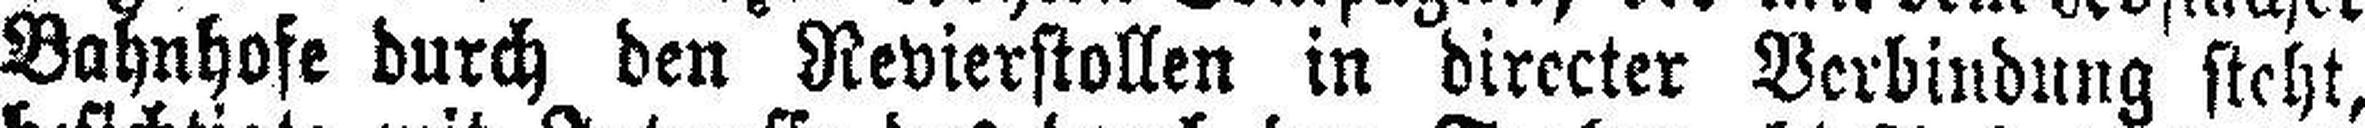
Bahnhofe durch den Revierstollen in directer Verbindung steht,